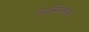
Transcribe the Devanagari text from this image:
तेजस्वितेच्या